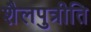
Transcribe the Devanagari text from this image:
शैलपुत्रीति